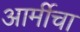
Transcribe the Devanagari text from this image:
आर्मीचा